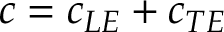
c = c _ { L E } + c _ { T E }